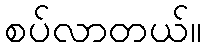
စပ်လာတယ်။